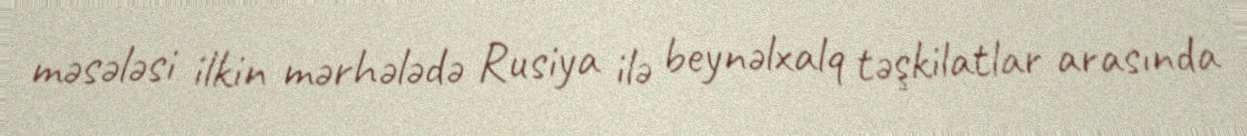
məsələsi ilkin mərhələdə Rusiya ilə beynəlxalq təşkilatlar arasında